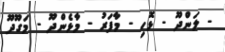
- ލަންދޫ - ޅޮހި - މާފަރު - މާޅެންދޫ - މަގޫދޫ